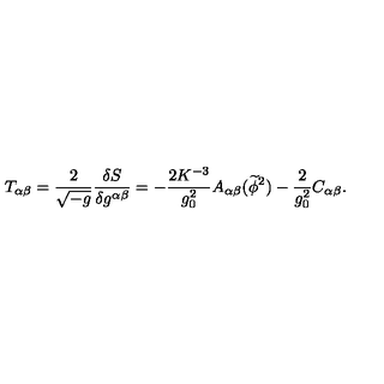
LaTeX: T _ { \alpha \beta } = \frac { 2 } { { \sqrt { - g } } } \frac { { \delta S } } { { \delta g ^ { \alpha \beta } } } = - \frac { 2 K ^ { - 3 } } { { g _ { 0 } ^ { 2 } } } A _ { \alpha \beta } ( \widetilde \phi ^ { 2 } ) - \frac { 2 } { g _ { 0 } ^ { 2 } } C _ { \alpha \beta } .